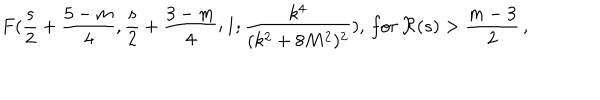
F ( \frac { s } { 2 } + \frac { 5 - m } { 4 } , \frac { s } { 2 } + \frac { 3 - m } { 4 } ; 1 ; \frac { k ^ { 4 } } { ( k ^ { 2 } + 8 M ^ { 2 } ) ^ { 2 } } ) , \, f o r \, \Re ( s ) > \frac { m - 3 } { 2 } \, ,